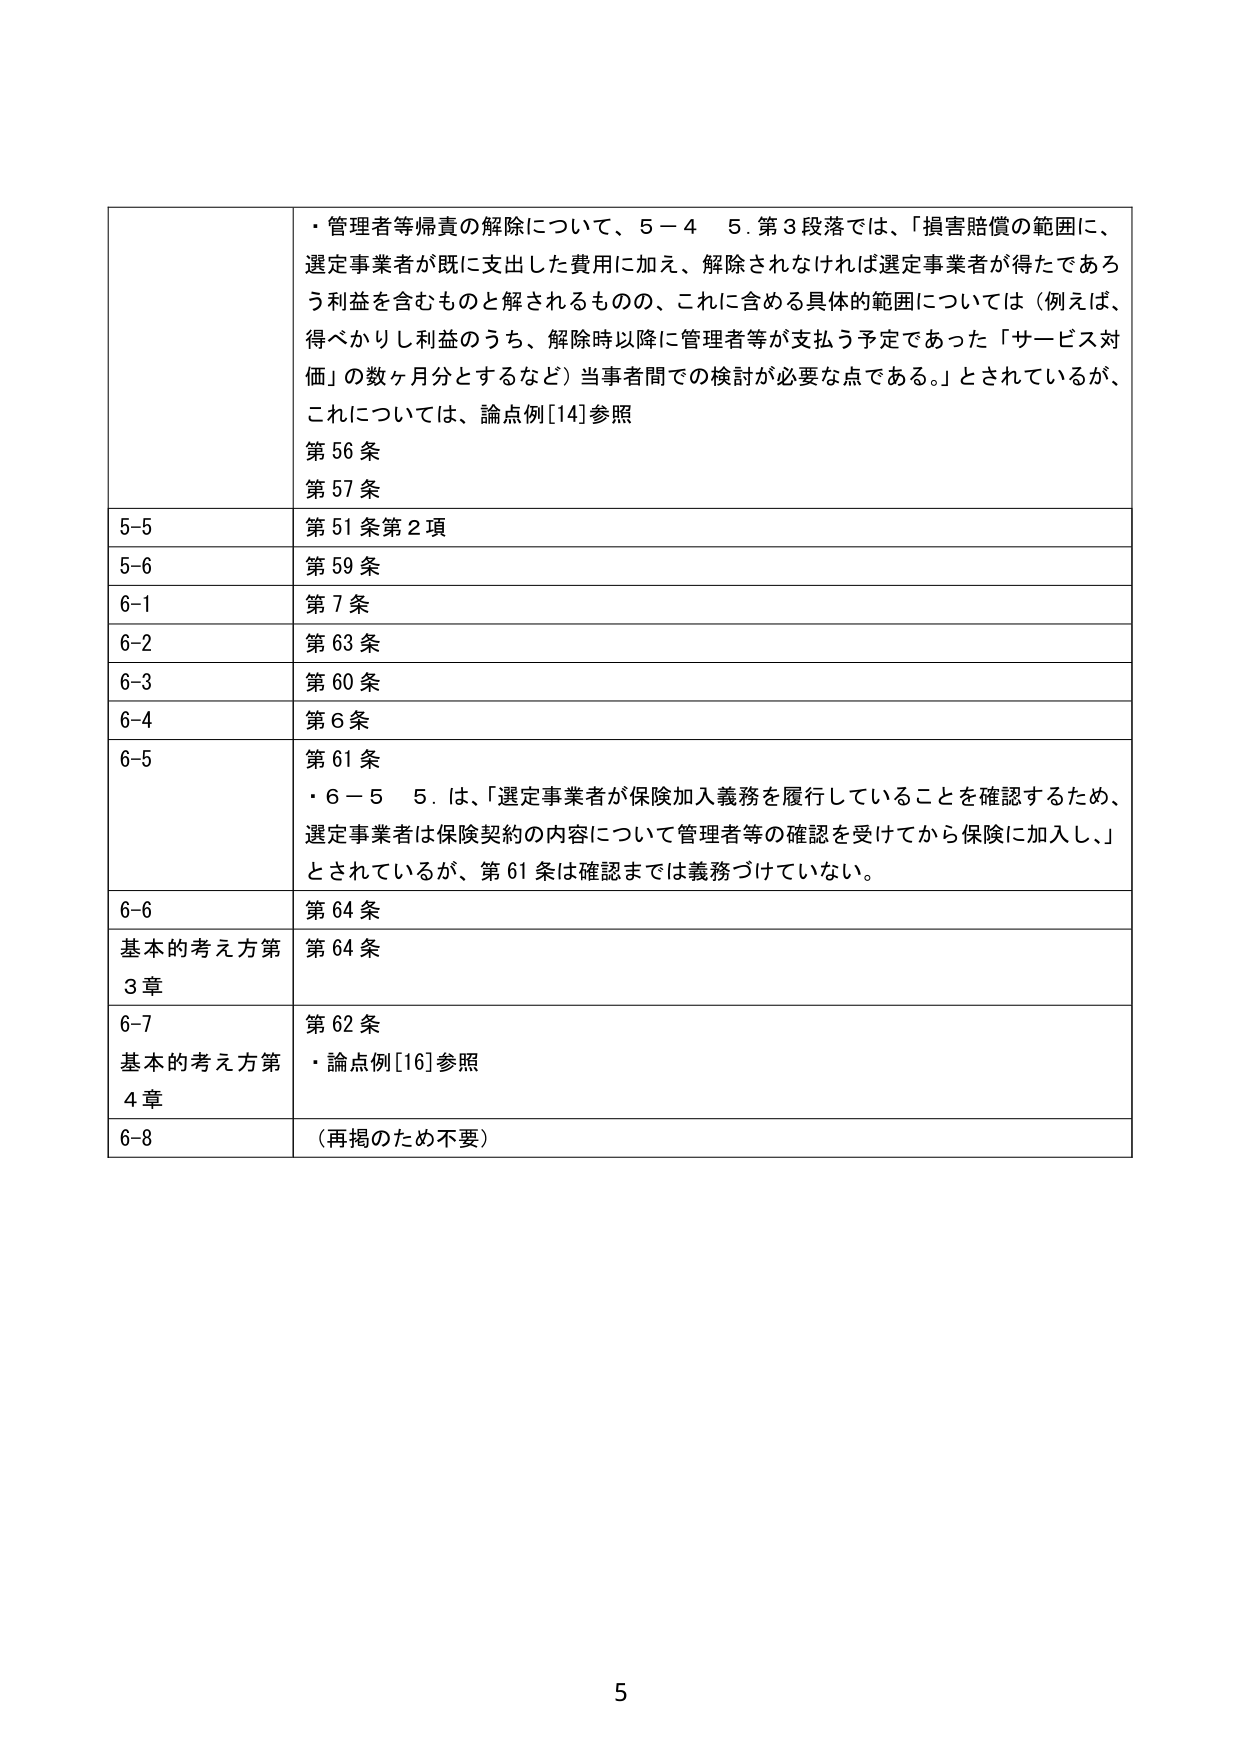
・管理者等帰責の解除について、5－4　5.第3段落では、「損害賠償の範囲に、選定事業者が既に支出した費用に加え、解除されなければ選定事業者が得たであろう利益を含むものと解されるものの、これに含める具体的範囲については（例えば、得べかりし利益のうち、解除時以降に管理者等が支払う予定であった「サービス対価」の数ヶ月分とするなど）当事者間での検討が必要な点である。」とされているが、これについては、論点例[14]参照
第56条
第57条

5-5　第51条第2項
5-6　第59条
6-1　第7条
6-2　第63条
6-3　第60条
6-4　第6条
6-5　第61条
・6－5　5.は、「選定事業者が保険加入義務を履行していることを確認するため、選定事業者は保険契約の内容について管理者等の確認を受けてから保険に加入し、」とされているが、第61条は確認までは義務づけていない。
6-6　第64条
基本的考え方第3章　第64条
6-7　第62条
基本的考え方第4章　・論点例[16]参照
6-8　（再掲のため不要）

5